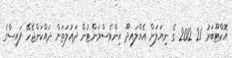
އޮކްޓޫބަރު 21 2012 ގެ ނިޔަލަށް އެއްލައިދޫ އިންވެސްމަންޓުން ދައުލަތަށް ދައްކަންޖެހޭ ފައިސާގެ